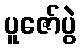
ပူဇော်ပွဲ